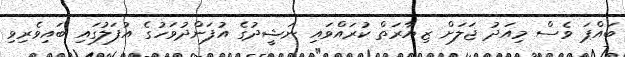
ބައްޕަ ވެސް މިއަދު ޖަލަށް ޒިޔާރަތް ކުރައްވައި ނަޝީދުގެ އުފަންދުވަހުގެ އުފަލުގައި ބައިވެރިވި